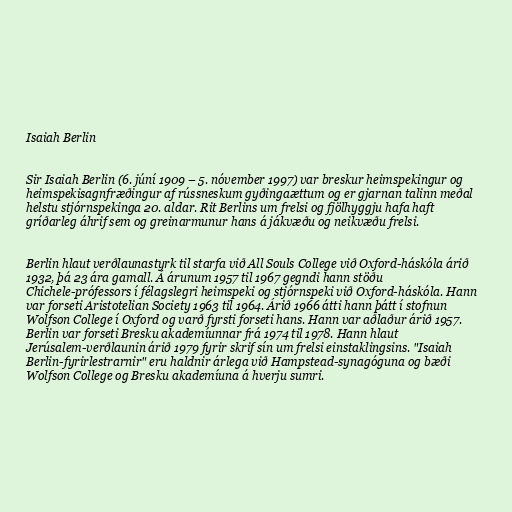
Isaiah Berlin

Sir Isaiah Berlin (6. júní 1909 – 5. nóvember 1997) var breskur heimspekingur og
heimspekisagnfræðingur af rússneskum gyðingaættum og er gjarnan talinn meðal
helstu stjórnspekinga 20. aldar. Rit Berlins um frelsi og fjölhyggju hafa haft
gríðarleg áhrif sem og greinarmunur hans á jákvæðu og neikvæðu frelsi.

Berlin hlaut verðlaunastyrk til starfa við All Souls College við Oxford-háskóla árið
1932, þá 23 ára gamall. Á árunum 1957 til 1967 gegndi hann stöðu
Chichele-prófessors í félagslegri heimspeki og stjórnspeki við Oxford-háskóla. Hann
var forseti Aristotelian Society 1963 til 1964. Árið 1966 átti hann þátt í stofnun
Wolfson College í Oxford og varð fyrsti forseti hans. Hann var aðlaður árið 1957.
Berlin var forseti Bresku akademíunnar frá 1974 til 1978. Hann hlaut
Jerúsalem-verðlaunin árið 1979 fyrir skrif sín um frelsi einstaklingsins. "Isaiah
Berlin-fyrirlestrarnir" eru haldnir árlega við Hampstead-synagóguna og bæði
Wolfson College og Bresku akademíuna á hverju sumri.